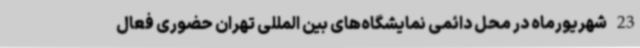
23 شهریورماه در محل دائمی نمایشگاه‌های بین المللی تهران حضوری فعال